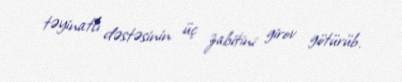
təyinatlı dəstəsinin üç zabitini girov götürüb.